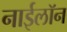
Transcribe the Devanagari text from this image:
नाईलॉन